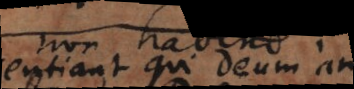
sentiant qui Deum amant,